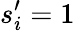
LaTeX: s_{i}^{\prime}=1